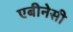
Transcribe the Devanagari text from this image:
एबीनेसी